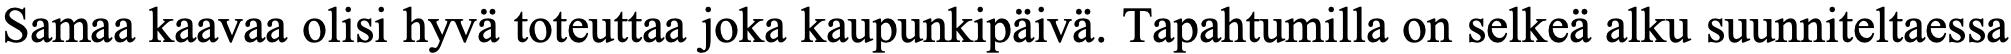
Samaa kaavaa olisi hyvä toteuttaa joka kaupunkipäivä. Tapahtumilla on selkeä alku suunniteltaessa